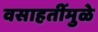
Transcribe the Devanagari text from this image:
वसाहतींमुळे